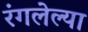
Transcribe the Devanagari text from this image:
रंगलेल्या